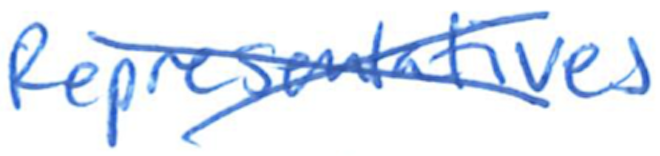
Text: Representatives
Cross-out: cross
Writing tool: ballpoint